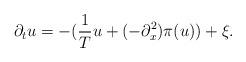
LaTeX: \begin{align*}\partial_t u=-(\frac{1}{T}u+(-\partial_x^2)\pi(u))+\xi.\end{align*}